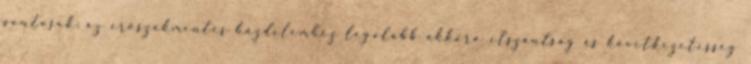
pontosak: az erőszakmentes küzdelemhez legalább akkora elszántság és következetesség